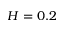
H = 0 . 2